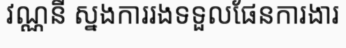
វណ្ណនី ស្នងការរងទទួលផែនការងារ